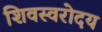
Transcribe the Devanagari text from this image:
शिवस्वरोदय